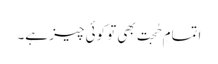
اتمامِ حُجت بھی تو کوئی چیز ہے۔